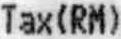
TAX(RM)